Calcutta medical institutions reports 1871-78
Year: 1871
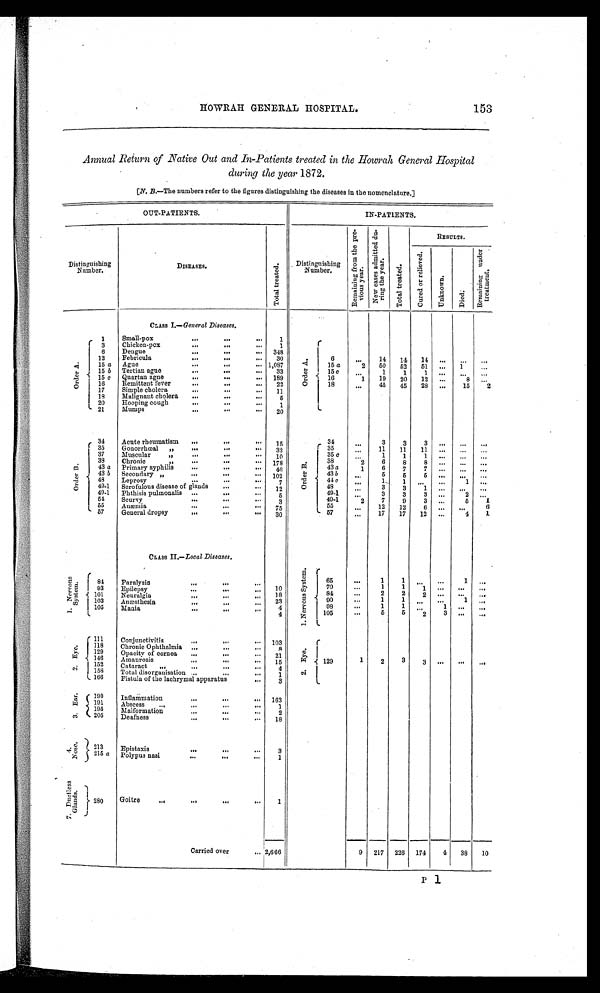
HOWRAH GENERAL HOSPITAL.
153
Annual Return of Native Out and In-Patients treated in the Howrah General Hospital
during the year 1872.
[N. B.—The numbers refer to the figures distinguishing the diseases in the nomenclature.]
OUT-PATIENTS.
IN-PATIENTS.
Distinguishing
Number.
DISEASES.
T o t a l t r e a t e d .
Distinguishing
Number.
R e m a i n i n g f r o m t h e p r e - v i o u s y e a r .
N e w c a s e s a d m i t t e d d u - r i n g t h e y e a r .
T o t a l t r e a t e d .
RESULTS.
C u r e d o r r e l i e v e d .
U n k n o w n .
Di ed.
R e m a i n i n g u n d e r t r e a t m e n t .
CLASS I.— General Diseases.
Or de r A.
1
Small-pox
1
Or der A.
3
Chicken-pox
1
6
Dengue
348
12
Febricula
30
6
. . . 14 14 14
. . .
. . .
. . .
15 a Ague
1,087
15 a
2
5 0
5 2
5 1
. . .
1
. . .
15 b Tertian ague. 33
15 c
. . .
1
1
1
. . .
. . .
. . .
15 c Quartan agne
189
16
1 19 20 12
. . .
8
. . .
16
Remittent fever
22
18
. . . 45 45 28
. . . 15
2
17
Simple cholera
11
18
Malignant cholera
5
20
Hlooping cough
1
21
Mumps
20
O r d e r B .
34
Acute rheumatism
1 5
Or der B.
34
. . .
3
3
3
. . .
. . .
. . .
35
Gonorrhœal ,,
32
35
. . . 11 11 11
. . .
. . .
. . .
37
Muscular ,,
10
35 c
. . . 1
1
1
. . .
. . .
. . .
38
Chronic ,,
178
38
2 6
8
8
. . .
. . .
. . .
43 a Primary syphilis
46
43 a
1
6
7
7
. . .
. . .
. . .
43 b Secondary ,,
102
43 b
. . .
5
5
5
. . .
. . .
. . .
48
Leprosy
7
44 c
. . .
1
1
. . .
. . .
1
. . .
49-1 Scrofulous disease of glands
12
48
. . .
3
3
1
. . .
. . .
. . .
49-1 Phthisis pulmonalis
5
49-1
. . .
3
3
3
. . .
2
. . .
54
Scurvy
3
49-1
2 7
7
3
. . .
5
1
55
Anæmia
7 5
55
. . . 12 12
6
. . .
. . .
6
57
General dropsy
30
57
. . . 17 17
1 2 . . .
4
1
CLASS II —Local Diseases.
1. Ner vous Syst em.
84
Paralysis
1 0 1 . N e r v o u s S y s t e m .
65
. . .
1
1
. . .
. . .
1
. . .
93
Epilepsy
1 8
70
. . . 1
1
1
. . .
. . .
. . .
101
Neuralgia
2 3
84
. . .
2
2
2
. . .
. . .
. . .
103
Anæsthesia
4
90
. . .
1
1
. . .
. . .
1
. . .
105
Mania
4
98
. . . 1
1
. . .
1
. . .
. . .
105
105
. . .
5
5
2
3
. . .
. . .
2. Eye.
111 Conjunctivitis
103
2. Eye .
118
Chronic Ophthalmia
8
129
Opacity of cornea
21
146
Amaurosis
15
129
1
2
3
3
. . .
. . .
. . .
152
Cataract
4
I 158 Total disorganisation
1
166
Fistula of the lachrymal apparatus
3
3. Eye
190 Inflammation
1 6 3
191
Abscess
1
195 Malformation
2
205
Deafness
18
4. Nos e.
213 Epistaxis
3
215 a Polypus nasi
1
7 . D u c t l e s s G l a n d s .
2 8 0 .
Goitre
1
Carried over
2 , 6 6 6
9 217 226 174
4 38 10
P 1